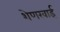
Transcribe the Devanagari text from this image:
शेणखाई